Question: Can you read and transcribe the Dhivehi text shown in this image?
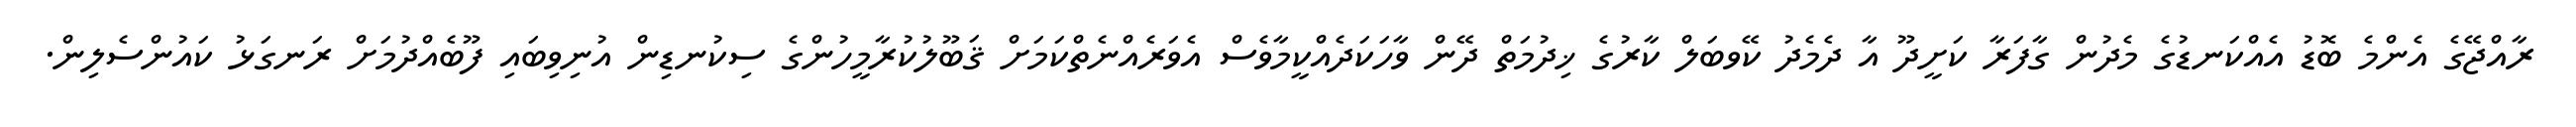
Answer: ރާއްޖޭގެ އެންމެ ބޮޑު އެއްކަނޑުގެ މެދުން ގާފަރާ ކަށީދޫ އާ ދެމެދު ކޭވބަލް ކާރުގެ ޚިދުމަތް ދޭން ވާހަކަދެއްކީމާވެސް އެވަރެއްނެތްކަމަށް ޤަބޫލުކުރާމީހުންގެ ސިކުނޑިން އުނިވިބައި ފޫބެއްދުމަށް ރަނގަޅު ކައުންސެލިން.